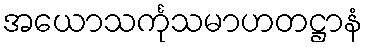
အယောသင်္ကုသမာဟတဋ္ဌာနံ